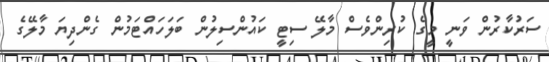
ސަރުކާރުން ވަނީ މީގެ ކުރިންވެސް މާލޭ ސިޓީ ކައުންސިލުން ބަލަހައްޓަމުން ގެންދިޔަ މާލޭގެ